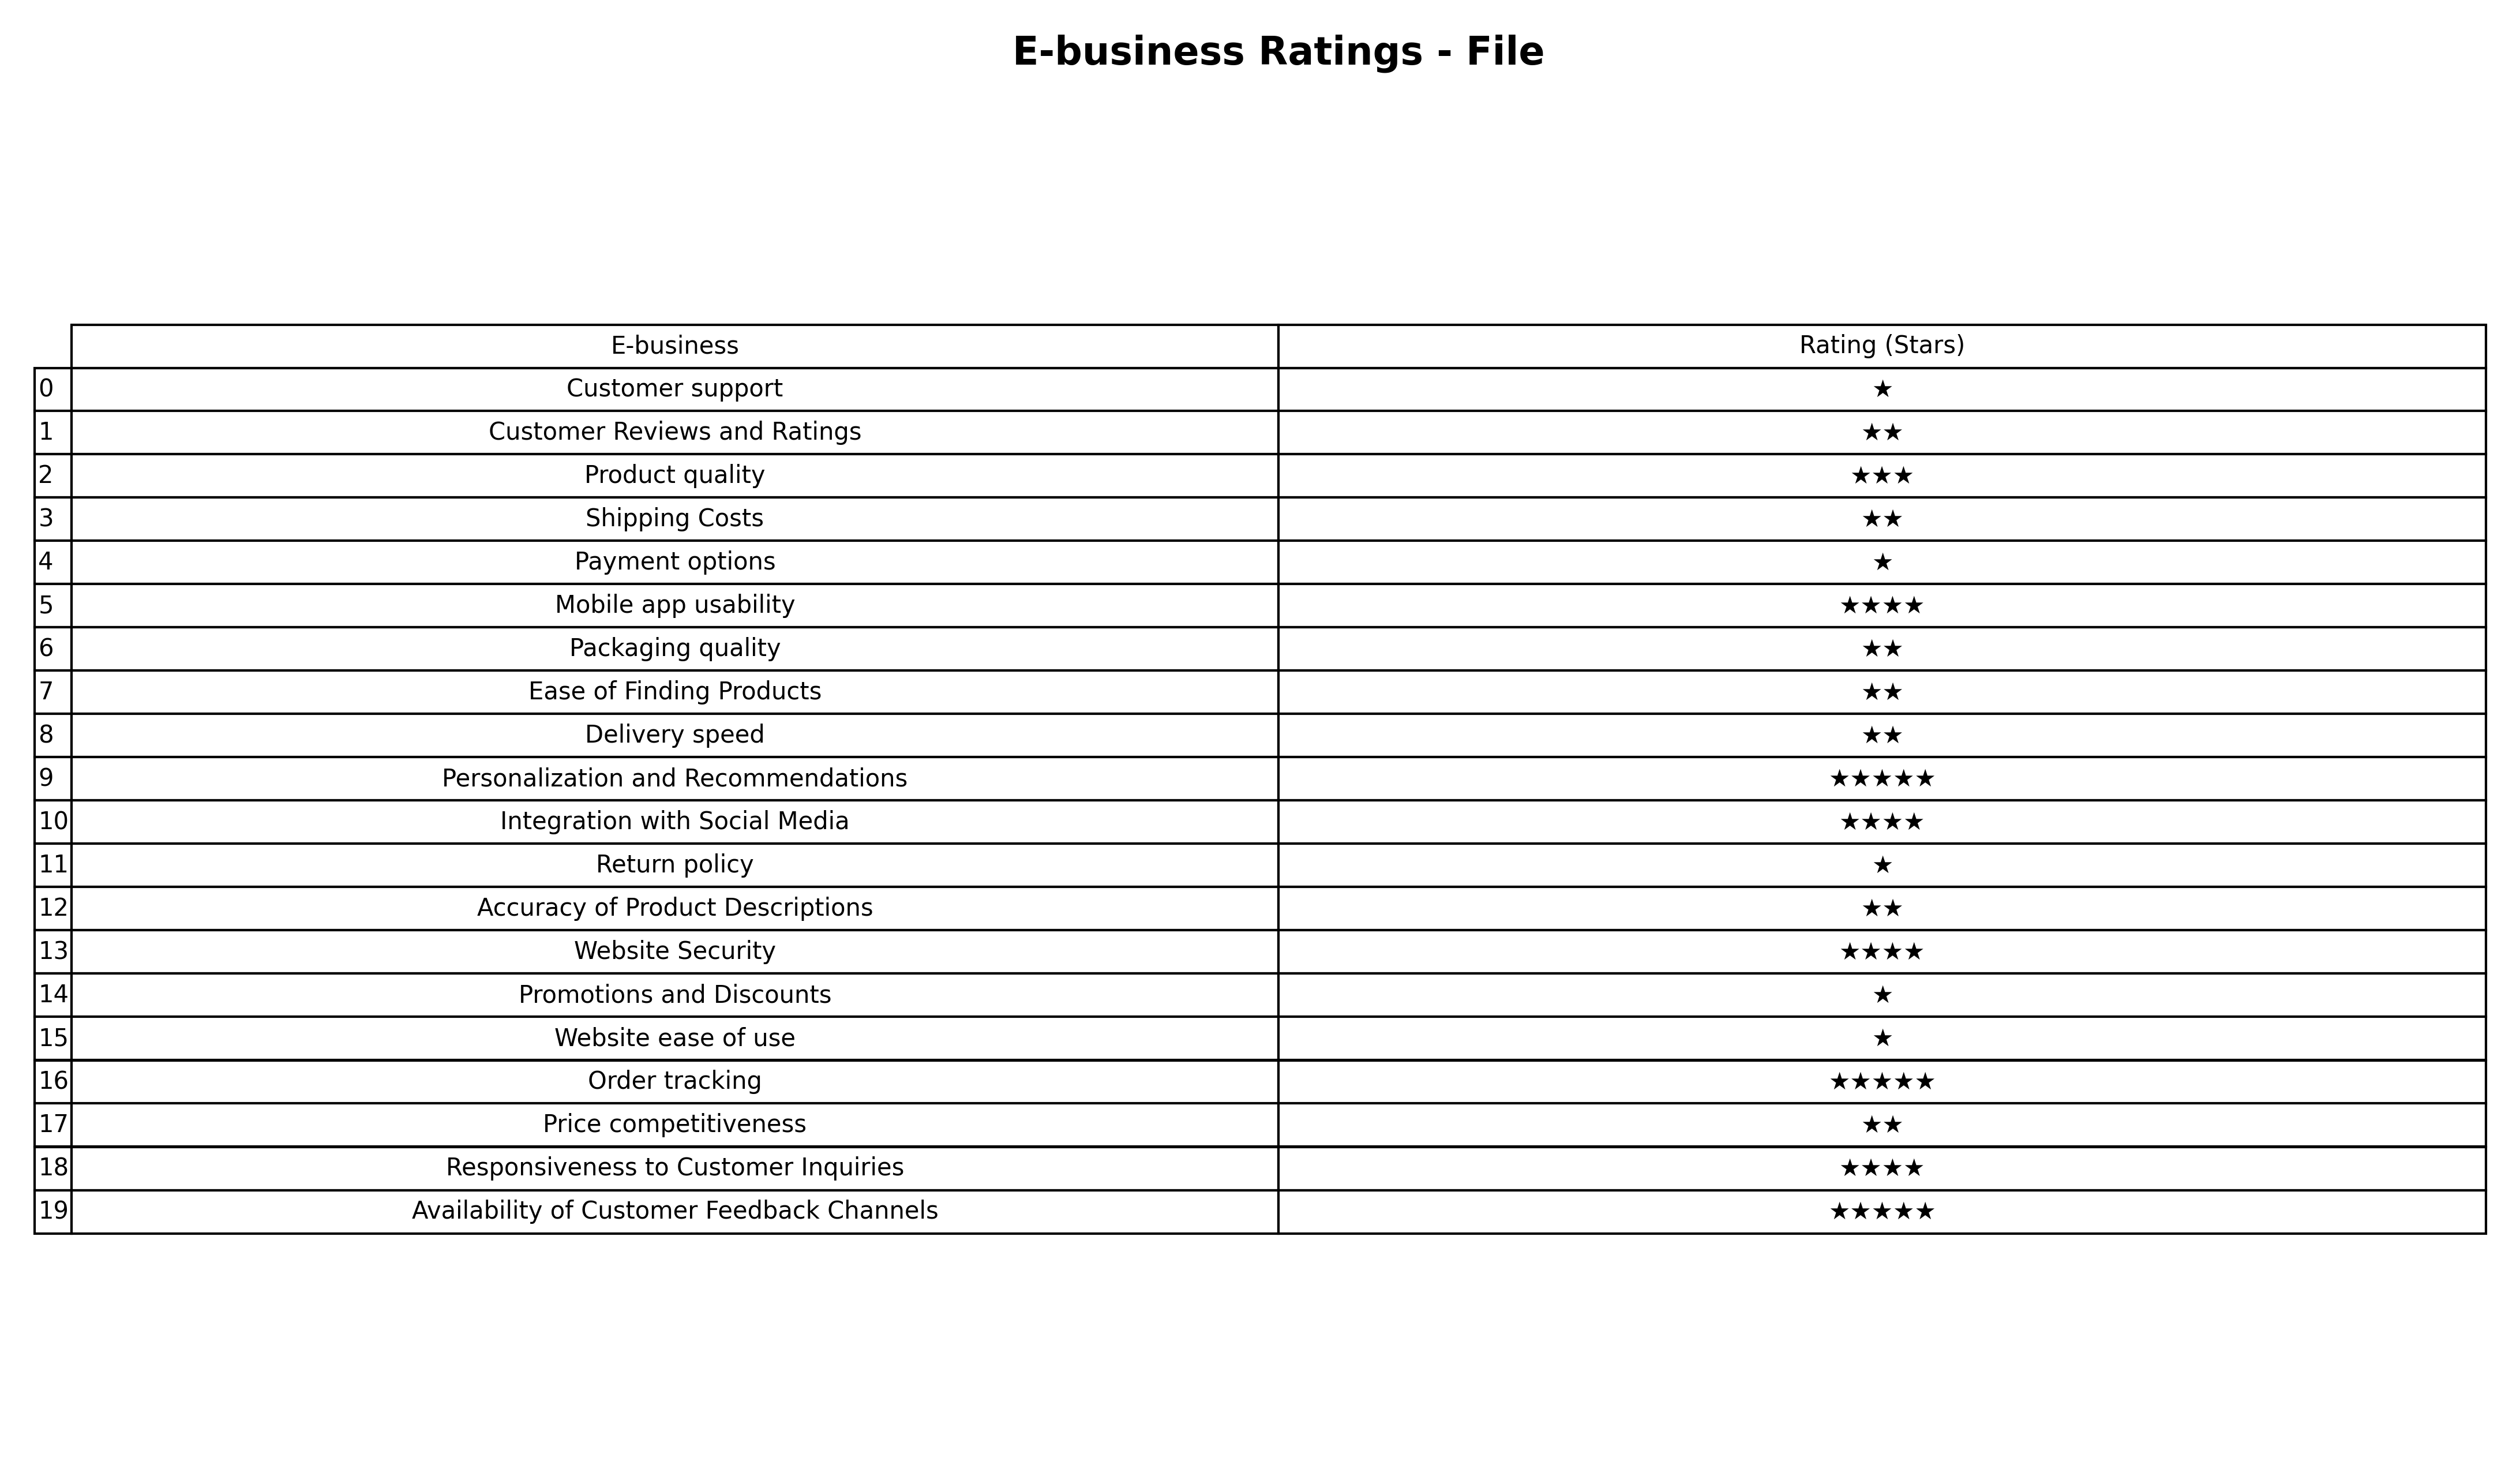
question: What is the rating of Product quality?
answer: ★★★